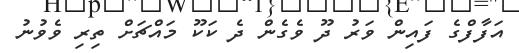
އަފާފްގެ ފައިން ވަރު ދޫ ވެގެން ދެ ކަކޫ މައްޗަށް ތިރި ވެވުނު